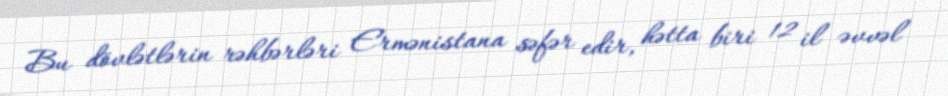
Bu dövlətlərin rəhbərləri Ermənistana səfər edir, hətta biri 12 il əvvəl